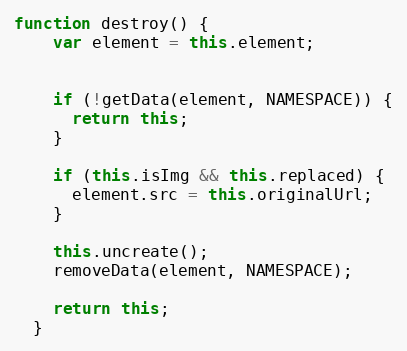
Language: JavaScript
function destroy() {
    var element = this.element;

    if (!getData(element, NAMESPACE)) {
      return this;
    }

    if (this.isImg && this.replaced) {
      element.src = this.originalUrl;
    }

    this.uncreate();
    removeData(element, NAMESPACE);

    return this;
  }